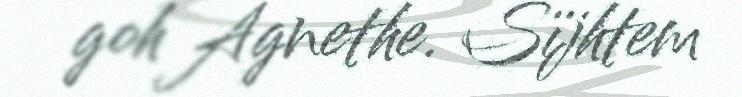
goh Agnethe. Sïjhtem